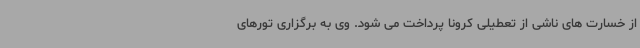
از خسارت های ناشی از تعطیلی کرونا پرداخت می شود. وی به برگزاری تورهای